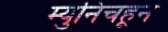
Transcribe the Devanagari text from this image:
म्युनिचहून